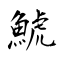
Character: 鯱